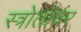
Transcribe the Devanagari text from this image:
स्त्रोतांवर